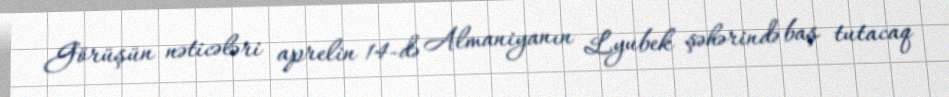
Görüşün nəticələri aprelin 14-də Almaniyanın Lyubek şəhərində baş tutacaq